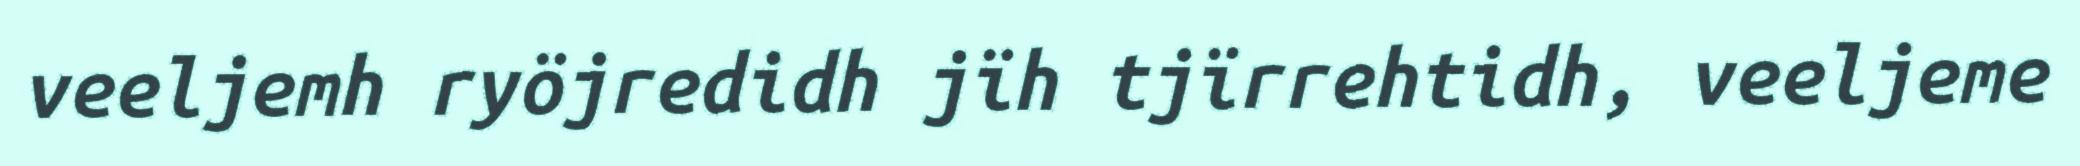
veeljemh ryöjredidh jïh tjïrrehtidh, veeljeme